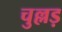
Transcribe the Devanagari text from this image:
चुल्लड़